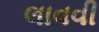
લાવવી